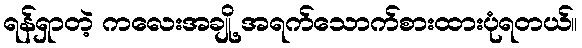
ရန်ရှာတဲ့ ကလေးအချို့ အရက်သောက်စားထားပုံရတယ်။